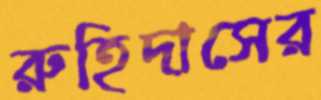
রুহিদাসের